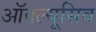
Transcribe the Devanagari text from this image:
ऑक्ल्यूसिव